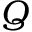
Q